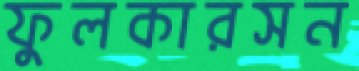
ফুলকারসন